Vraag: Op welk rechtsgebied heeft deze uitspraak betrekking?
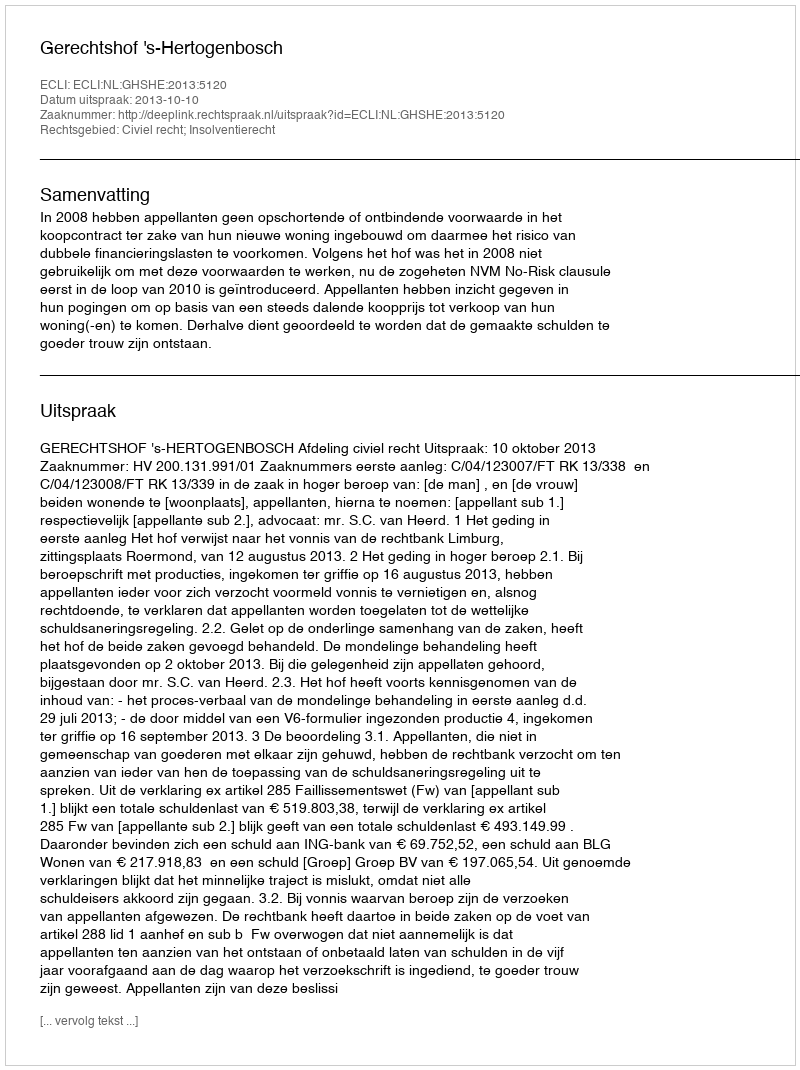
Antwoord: Civiel recht; Insolventierecht